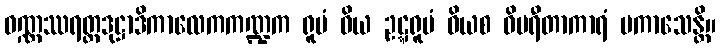
ဝဏ္ဏဿရတ္တဒုဋ္ဌာဒိကာလေကကဏ္ဍက ရူပံ ဝိယ ဥဋ္ဋရူပံ ဝိယစ ဝိပရီတာကာရံ ပကာသေန္တိ။